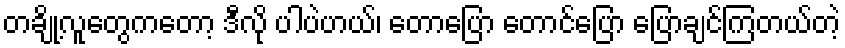
တချို့လူတွေကတော့ ဒီလို ပါပဲဟယ်၊ တောပြော တောင်ပြော ပြောချင်ကြတယ်တဲ့